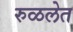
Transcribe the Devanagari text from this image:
रुळलेत